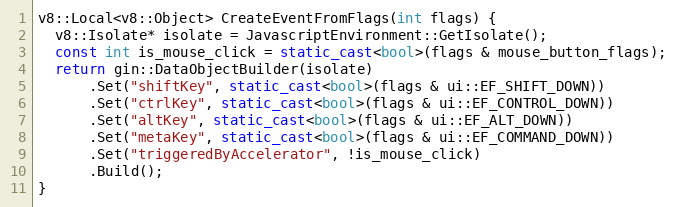
Language: C++
v8::Local<v8::Object> CreateEventFromFlags(int flags) {
  v8::Isolate* isolate = JavascriptEnvironment::GetIsolate();
  const int is_mouse_click = static_cast<bool>(flags & mouse_button_flags);
  return gin::DataObjectBuilder(isolate)
      .Set("shiftKey", static_cast<bool>(flags & ui::EF_SHIFT_DOWN))
      .Set("ctrlKey", static_cast<bool>(flags & ui::EF_CONTROL_DOWN))
      .Set("altKey", static_cast<bool>(flags & ui::EF_ALT_DOWN))
      .Set("metaKey", static_cast<bool>(flags & ui::EF_COMMAND_DOWN))
      .Set("triggeredByAccelerator", !is_mouse_click)
      .Build();
}